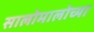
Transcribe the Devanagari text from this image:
सालोमालोच्या